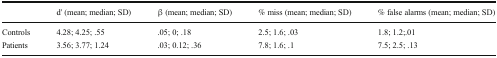
<table><thead><tr><td></td><td><b>d&#x27; (mean; median; SD)</b></td><td><b>β (mean; median; SD)</b></td><td><b>% miss (mean; median; SD)</b></td><td><b>% false alarms (mean; median; SD)</b></td></tr></thead><tbody><tr><td>Controls</td><td>4.28; 4.25; .55</td><td>.05; 0; .18</td><td>2.5; 1.6; .03</td><td>1.8; 1.2;.01</td></tr><tr><td>Patients</td><td>3.56; 3.77; 1.24</td><td>.03; 0.12; .36</td><td>7.8; 1.6; .1</td><td>7.5; 2.5; .13</td></tr></tbody></table>